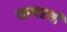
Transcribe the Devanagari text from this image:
पारदरशी